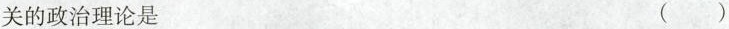
关的政治理论是 ()